Report on horse surra - Volume II, Part I
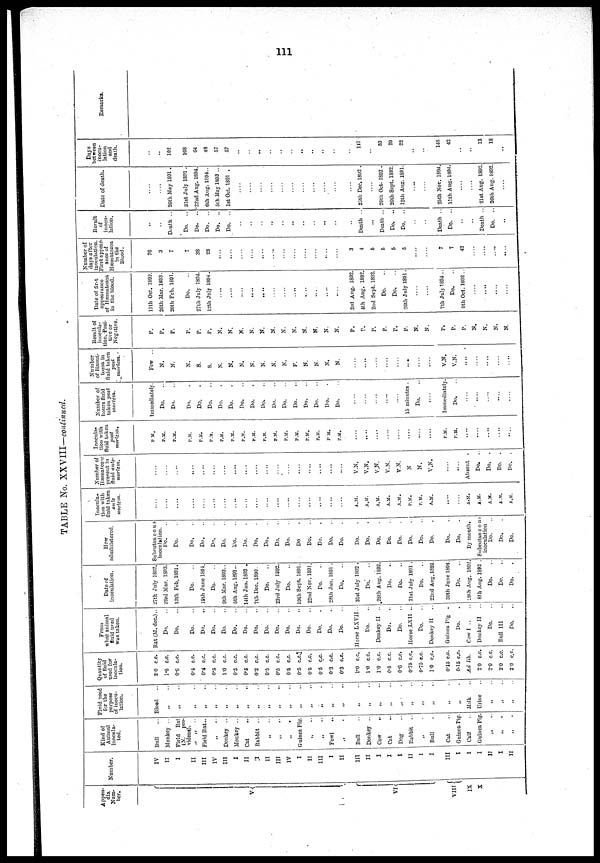
111
TABLE No. XXVIII—continued.
Appe-
dix
Num-
ber.
V{
VI {
VIII{
IX
X
Number.
IV
II
I
II
III
IV
III
I
II
I
II
III
IV
I
II
III
I
II
III
II
I
I
I
II
I
I
III
I
I
I
II
I
II
Kind of
Animal
inocula-
ted.
Bull
Monkey ..
Field Bat
(N. pro-
videns).
Field Bat..
Donkey . .
Monkey ..
Cat
Rabbit ..
„
. .
„
..
„ ..
Guinea Pig.
„
..
„ ..
Fowl ..
..
Bull ..
Donkey ..
Cow
..
Cat ..
Dog ..
Babbit ..
„ ..
Bull ..
Cat ..
Guinea Pig
Calf
Guinea Pig
„
.
„
..
„
Fluid used
for the
purpose
of inocu-
lation.
Blood
..
„
„
.
„
„
. .
„
..
„
..
„
„
„
..
„
„
„
..
„
„
. .
„
„
„
. .
„
..
„
„
„
„
. .
„
„
„
„
Urine
„
.
„
.
„
Quantity
of fluid
used for
inocula-
tion.
3.0 c.c
1.5 c.c.
0.6 c.c.
0.4 c.c.
0.4 c.c.
0.5 c.c.
1.0 c.c.
0.6 c.c.
0.5 c.c.
0.2 c.c.
0.5 c.c.
0.5 c.c.
0.5 c.c
0.5
c.c.
06 c.c.
0.6 c.c.
0.3 c.c.
0.3 c.c.
1.0 c.c.
1.0 c.c.
1.0 c.c.
0.5 c.c.
0.6 c.c.
0.75 c.c.
0.75 c.c.
1.0 c.c.
0.15 c.c.
0.15 c.c.
Ad lib.
20 c.c.
2.0 c.c.
2.0 cc.
2.0 c.c.
From
what animal
fluid used
was taken.
Rat (M. dec.)..
Do.
Do.
Do.
Do.
Do.
Do.
Do.
Do.
Do.
Do.
Do.
Do.
Do.
Do.
Do.
Do.
Do.
Horse LXVII..
Do.
Donkey II ..
Do.
Do.
Horse.LXII ..
Do.
Donkey II
Guinea Pig .
Do.
Cow I ..
Donkey II
Do.
Bull III
Do,
Date of
inoculation.
27th July 1892.
23rd Mar. 1893.
13th Feb. 1801.
Do.
19th June 1891.
Do.
9th Mar. 1803..
6th Aug. 1891..
14th Jan. 1893 .
7th Dec. 1890.
Do.
23rd July 1892.
Do.
19th Sept. 1801.
22nd Nov. 1891.
Do.
28th jan. 1891 .
Do.
31st July 1892.
Do..
28th Aug. 1892.
Do.
Do.
21st July 1891 .
Do.
22nd Aug. 1892.
30th June 1894
Do.
28thAug. 1892
8th Aug. 1892
Do.
Do.
Do,
How
administered.
Subcutaneous-
inoculation.
Do.
Do.
Do.
Do.
Do.
Do.
Do.
Do.
Do.
Do.
Do.
Do.
Do
Do.
Do.
Do.
Do.
Do.
Do.
Do.
Do.
Do.
Do.
Do.
Do.
Do.
Do.
By mouth.
Subcutan cou
inoculation
Do.
Do.
Do.
Inocula-
tion with
fluid taken
ante
mortem.
.. ..
....
....
.«
....
....
....
....
....
....
....
....
....
....
....
....
A.M.
A.M.
A.M.
A.M.
A.M.
P.M.
P.M.
A.M.
A.M.
A.M.
A.M.
A.M.
A.M.
Number of
Hæmatozoa
present in
fluid ante-
mortem.
....
....
. .
....
....
....
....
....
....
....
....
V.N.
V.N.
V.N.
V.N.
V.N.
N
N.
V.N.
....
Absent .
Do. ..
Do. .
Do. .
Do. .
Inocul
tion w
fluid ta
post
mortem.
P.M.
P.M.
P.M.
P.M.
P.M.
P.M.
P.M.
P.M.
P.M.
P.M.
P.M.
P.M.
P.M.
P.M.
P.M.
P.M.
P.M.
P.M.
....
....
....
....
....
P.M.
P.M.
....
....
....
....
. ...
Number of
hours fluid
taken post
mortem.
Immediately.
Do.
Do.
Do.
Do.
Do.
Do.
Do.
Do.
Do.
Do.
Do.
Do.
Do.
Do.
Do.
Do.
Do.
....
....
....
....
15 minutes .
Do.
....
Immediately.
Do.
....
....
....
Number
of
Hæma-
tozoa
in
fluid
taken
post
mortem.
Few ..
N.
N.
N.
S.
S.
N.
N.
N.
N.
N.
N.
N.
F.
N.
N.
N.
N.
....
....
....
...
....
....
V.N.
V.N.
....
....
....
....
Result
of inocula-
tion, Posi-
tive
or
Negati
p.
p.
p.
p.
p.
p.
N.
N.
N.
N.
N.
N.
N.
N.
N.
N.
N.
N.
P.
p.
P.
P.
P.
P.
N.
N.
P.
P.
P.
N.
N.
N.
N.
Date of first
appearance
of Hæmatozoa
in the blood.
11th Oct. 1892.
26th Mar. 1893.
20th Feb. 1891.
Do.
27th July 1894.
12th July 1894.
....
....
....
....
....
....
,...
....
....
3rd Aug. 1892.
4th Aug. 1892.
2nd Sept. 1892.
Do.
Do.
26th July 1891.
....
....
7th July 1894..
Do.
9th Oct. 1802..
....
....
Number of
days after
inoculation.
First appear-
ance of
Hæmatozoa
in the
Blood.
76
3
7
7
38
28
....
....
....
....
....
....
....
....
....
....
....
3
4
5
5
5
5
....
7
7
42
.. ..
....
Result
of
inocu-
lation.
..
..
Death ..
Do. ..
Do. ..
Do. ..
Do. ..
Do. ..
..
..
..
..
..
..
Death ..
...
Death ...
Do. ..
Do. ..
Death ..
Do. ..
..
..
Death ..
Do. ..
..
Date of death.
....
....
26th May 1891.
31st July 1891.
22nd Aug. 1894.
6th Aug. 1894..
6th May 1893..
1st Oct. 1891 .
....
....
....
....
....
25th Dec. 1892.
....
20th Oct. 1892.
26th Sept. 1892.
12th Aug. 1891.
....
25th Nov. 1894.
11th Aug. 1894.
21st Aug. 1892.
26th Aug. 1892.
Days
between
inocu-
lation
and
death.
..
..
102
168
64
48
57
57
..
..
..
..
..
. .
117.
..
53
29
22
148
42
13
18
18
..
Remarks.